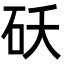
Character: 𬒁